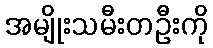
အမျိုးသမီးတဦးကို